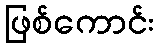
ဖြစ်ကောင်း